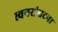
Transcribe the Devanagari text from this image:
स्वनसंघटना